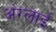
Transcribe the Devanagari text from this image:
अंग्लाई